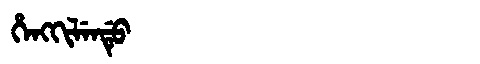
Manchu: ᡥᡝᠩᡴᡳᠯᡝᠨᡩᡠ
Romanization: HENGKILENDU